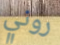
روني